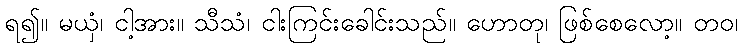
ရ၍။ မယှံ၊ ငါ့အား။ သီသံ၊ ငါးကြင်းခေါင်းသည်။ ဟောတု၊ ဖြစ်စေလော့။ တဝ၊